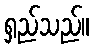
ရှည်သည်။